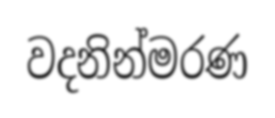
වදනින්මරණ